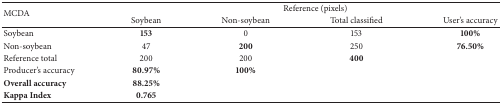
| <ROWSPAN=2> MCDA | <COLSPAN=4> Reference (pixels) |
 | Soybean | Non-soybean | Total classified | User's accuracy |
 | --- | --- | --- | --- | --- |
 | Soybean | 153 | 0 | 153 | 100% |
 | Non-soybean | 47 | 200 | 250 | 76.50% |
 | Reference total | 200 | 200 | 400 |  |
 | Producer's accuracy | 80.97% | 100% |  |  |
 | Overall accuracy | 88.25% |  |  |  |
 | Kappa Index | 0.765 |  |  |  |